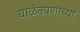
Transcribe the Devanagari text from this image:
बाळंतपणाच्या